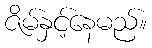
ဇိမ်နှင့်နေမည်။